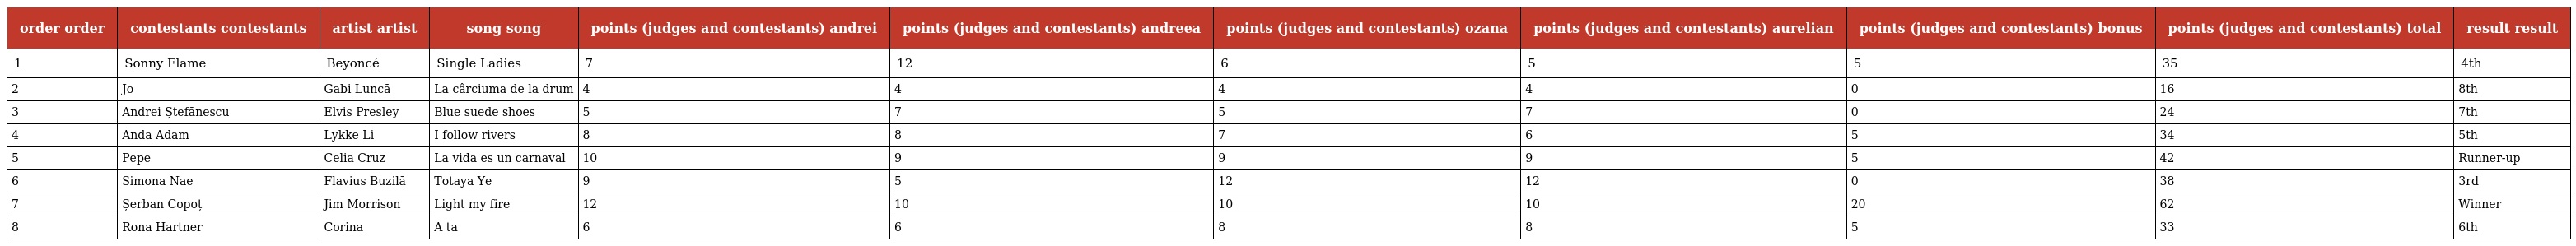
| order order | contestants contestants | artist artist | song song | points (judges and contestants) andrei | points (judges and contestants) andreea | points (judges and contestants) ozana | points (judges and contestants) aurelian | points (judges and contestants) bonus | points (judges and contestants) total | result result |
 | --- | --- | --- | --- | --- | --- | --- | --- | --- | --- | --- |
 | 1 | Sonny Flame | Beyoncé | Single Ladies | 7 | 12 | 6 | 5 | 5 | 35 | 4th |
 | 2 | Jo | Gabi Luncă | La cârciuma de la drum | 4 | 4 | 4 | 4 | 0 | 16 | 8th |
 | 3 | Andrei Ștefănescu | Elvis Presley | Blue suede shoes | 5 | 7 | 5 | 7 | 0 | 24 | 7th |
 | 4 | Anda Adam | Lykke Li | I follow rivers | 8 | 8 | 7 | 6 | 5 | 34 | 5th |
 | 5 | Pepe | Celia Cruz | La vida es un carnaval | 10 | 9 | 9 | 9 | 5 | 42 | Runner-up |
 | 6 | Simona Nae | Flavius Buzilă | Totaya Ye | 9 | 5 | 12 | 12 | 0 | 38 | 3rd |
 | 7 | Șerban Copoț | Jim Morrison | Light my fire | 12 | 10 | 10 | 10 | 20 | 62 | Winner |
 | 8 | Rona Hartner | Corina | A ta | 6 | 6 | 8 | 8 | 5 | 33 | 6th |